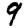
Digit: 9